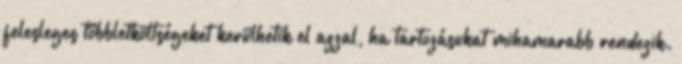
felesleges többletköltségeket kerülhetik el azzal, ha tartozásukat mihamarabb rendezik.